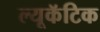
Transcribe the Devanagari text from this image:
ल्यूकॅटिक